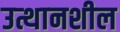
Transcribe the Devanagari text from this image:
उत्थानशील